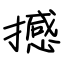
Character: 撼